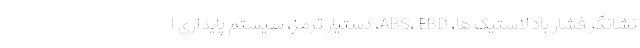
نشانگر فشار باد لاستیک ها، ABS، EBD، دستیار ترمز، سیستم پایداری ا